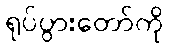
ရုပ်ပွားတော်ကို